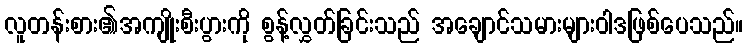
လူတန်းစား၏အကျိုးစီးပွားကို စွန့်လွှတ်ခြင်းသည် အချောင်သမားများဝါဒဖြစ်ပေသည်။